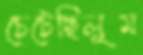
চেটেছিলুম